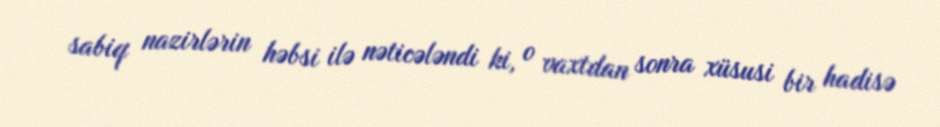
sabiq nazirlərin həbsi ilə nəticələndi ki, o vaxtdan sonra xüsusi bir hadisə